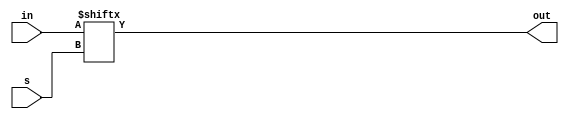
// Chris Kenyon and Brandon Nguyen
// From solutions

module mux2_1(
				input s,
				input [1:0] in,
				output reg out
);

always@(s or in)
	out = in[s];

endmodule